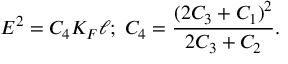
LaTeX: E ^ { 2 } = C _ { 4 } K _ { F } \ell ; \; C _ { 4 } = \frac { ( 2 C _ { 3 } + C _ { 1 } ) ^ { 2 } } { 2 C _ { 3 } + C _ { 2 } } .